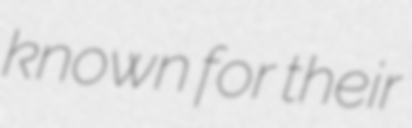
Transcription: known for their